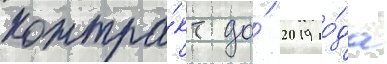
контра́кт до́ 2019 го́да